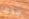
مخها